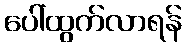
ပေါ်ထွက်လာရန်